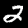
Digit: 2